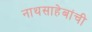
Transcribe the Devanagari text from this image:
नाथसाहेबांची